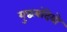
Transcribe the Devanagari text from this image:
युद्धबंदियो